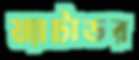
ম্যাটাডর